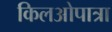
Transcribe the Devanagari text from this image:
किलओपात्रा